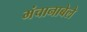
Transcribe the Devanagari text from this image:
मंचानाबेले